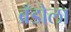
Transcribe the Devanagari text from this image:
ब्रँडोला